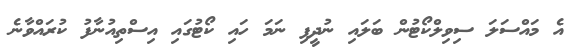
އެ މައްސަލަ ސިވިލްކޯޓުން ބަލައި ނުދީފި ނަމަ ހައި ކޯޓުގައި އިސްތިއުނާފު ކުރައްވާނެ